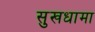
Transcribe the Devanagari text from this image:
सुखधामा